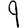
Digit: 9